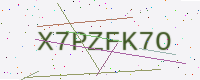
Text: X7PZFK7O